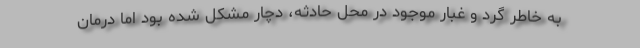
به خاطر گرد و غبار موجود در محل حادثه، دچار مشکل شده بود اما درمان